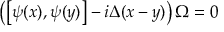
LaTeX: \left( \left[ \psi ( x ) , \psi ( y ) \right] - i \Delta ( x - y ) \right) \Omega = 0